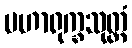
မဟာရုက္ခသုတ္တံ